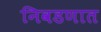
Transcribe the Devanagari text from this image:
निवडणात